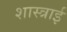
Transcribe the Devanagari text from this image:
शास्त्राई